Vaccination returns of the Province of Eastern Bengal and Assam - 1905-1912
Year: 1905
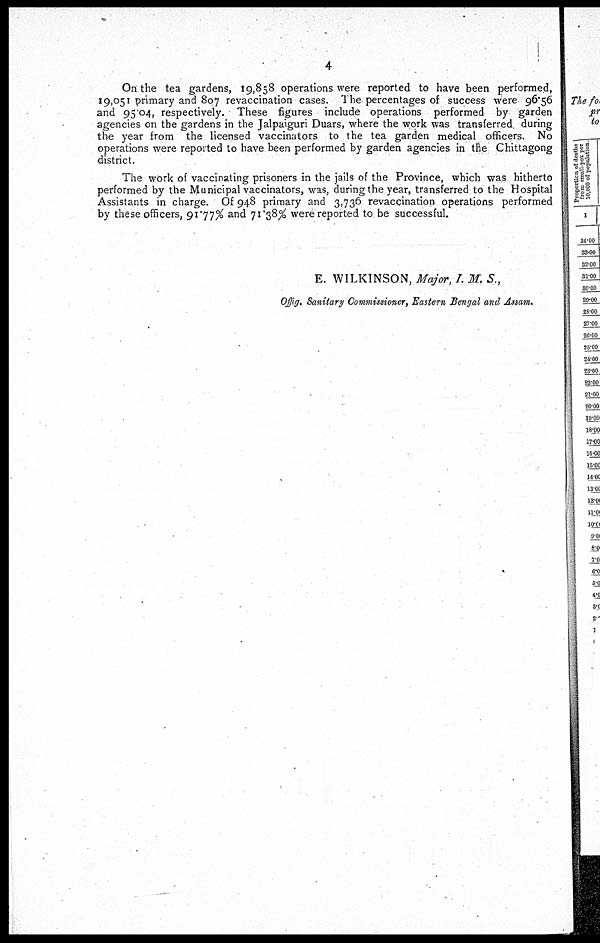
4
On the tea gardens, 19,858 operations were reported to have been performed,
19,051 primary and 807 revaccination cases. The percentages of success were 96.56
and 95.04, respectively. These figures include operations performed by garden
agencies on the gardens in the Jalpaiguri Duars, where the work was transferred during
the year from the licensed vaccinators to the tea garden medical officers. No
operations were reported to have been performed by garden agencies in the Chittagong
district.
The work of vaccinating prisoners in the jails of the Province, which was hitherto
performed by the Municipal vaccinators, was, during the year, transferred to the Hospital
Assistants in charge. Of 948 primary and 3,736 revaccination operations performed
by these officers, 91.77% and 71.38% were reported to be successful.
E. WILKINSON, Major, I. M. S.,
Offig. Sanitary Commissioner, Eastern Bengal and Assam.